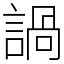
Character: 諣